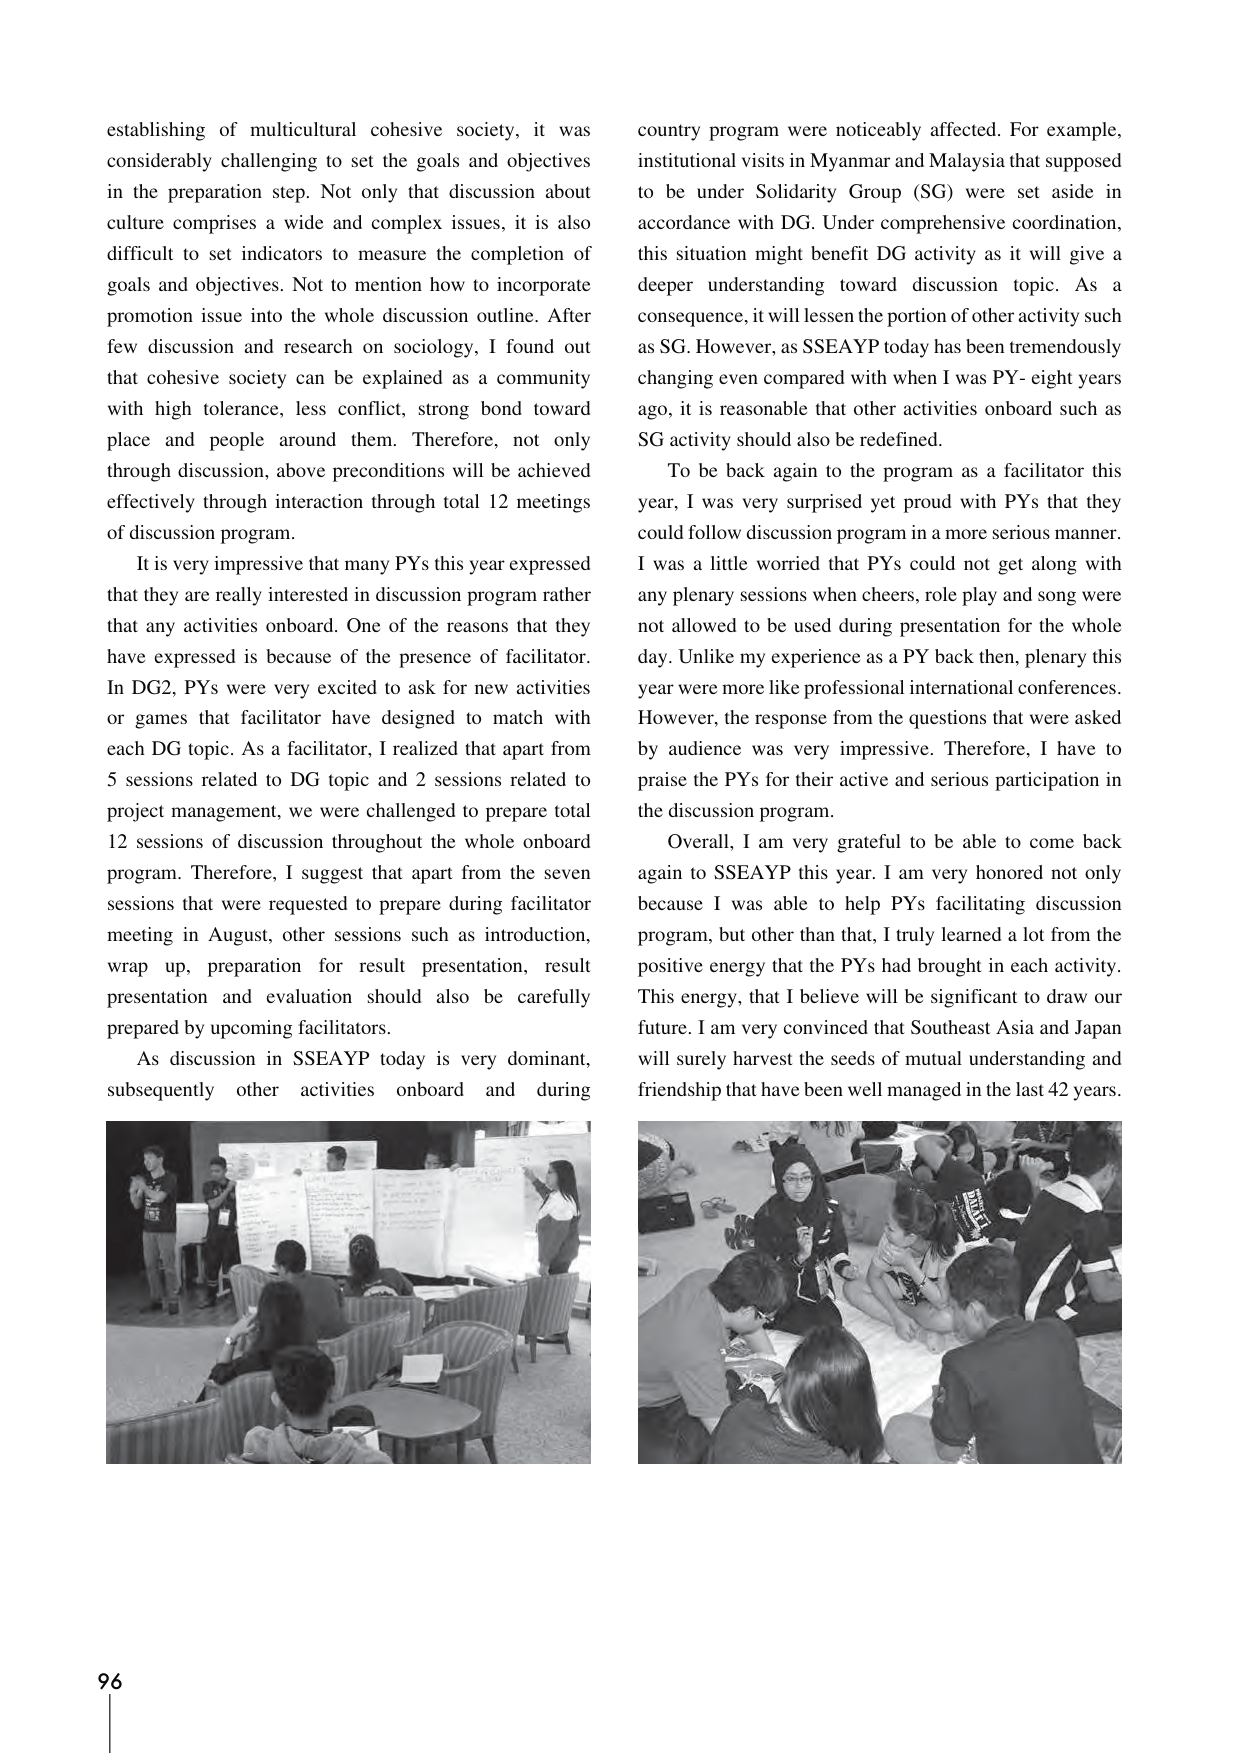
establishing of multicultural cohesive society, it was considerably challenging to set the goals and objectives in the preparation step. Not only that discussion about culture comprises a wide and complex issues, it is also difficult to set indicators to measure the completion of goals and objectives. Not to mention how to incorporate promotion issue into the whole discussion outline. After few discussion and research on sociology, I found out that cohesive society can be explained as a community with high tolerance, less conflict, strong bond toward place and people around them. Therefore, not only through discussion, above preconditions will be achieved effectively through interaction through total 12 meetings of discussion program.

It is very impressive that many PYs this year expressed that they are really interested in discussion program rather that any activities onboard. One of the reasons that they have expressed is because of the presence of facilitator. In DG2, PYs were very excited to ask for new activities or games that facilitator have designed to match with each DG topic. As a facilitator, I realized that apart from 5 sessions related to DG topic and 2 sessions related to project management, we were challenged to prepare total 12 sessions of discussion throughout the whole onboard program. Therefore, I suggest that apart from the seven sessions that were requested to prepare during facilitator meeting in August, other sessions such as introduction, wrap up, preparation for result presentation, result presentation and evaluation should also be carefully prepared by upcoming facilitators.

As discussion in SSEAYP today is very dominant, subsequently other activities onboard and during country program were noticeably affected. For example, institutional visits in Myanmar and Malaysia that supposed to be under Solidarity Group (SG) were set aside in accordance with DG. Under comprehensive coordination, this situation might benefit DG activity as it will give a deeper understanding toward discussion topic. As a consequence, it will lessen the portion of other activity such as SG. However, as SSEAYP today has been tremendously changing even compared with when I was PY- eight years ago, it is reasonable that other activities onboard such as SG activity should also be redefined.

To be back again to the program as a facilitator this year, I was very surprised yet proud with PYs that they could follow discussion program in a more serious manner. I was a little worried that PYs could not get along with any plenary sessions when cheers, role play and song were not allowed to be used during presentation for the whole day. Unlike my experience as a PY back then, plenary this year were more like professional international conferences. However, the response from the questions that were asked by audience was very impressive. Therefore, I have to praise the PYs for their active and serious participation in the discussion program.

Overall, I am very grateful to be able to come back again to SSEAYP this year. I am very honored not only because I was able to help PYs facilitating discussion program, but other than that, I truly learned a lot from the positive energy that the PYs had brought in each activity. This energy, that I believe will be significant to draw our future. I am very convinced that Southeast Asia and Japan will surely harvest the seeds of mutual understanding and friendship that have been well managed in the last 42 years.

96